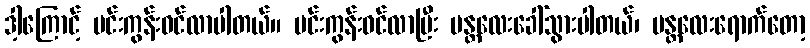
ဒါ့ကြောင့် မင်းကွန်းဝင်လာပါတယ်။ မင်းကွန်းဝင်လာပြီး မန္တလေးခေါ်သွားပါတယ်၊ မန္တလေးရောက်တော့